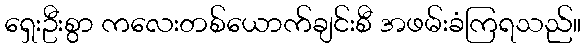
ရှေးဦးစွာ ကလေးတစ်ယောက်ချင်းစီ အဖမ်းခံကြရသည်။